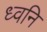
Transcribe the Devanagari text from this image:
ध्‍वनि